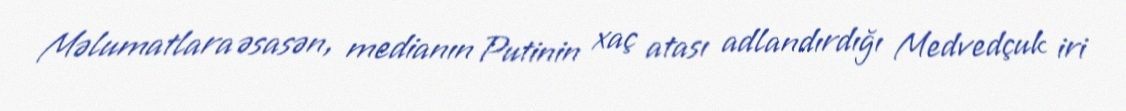
Məlumatlara əsasən, medianın Putinin xaç atası adlandırdığı Medvedçuk iri